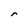
Character: r